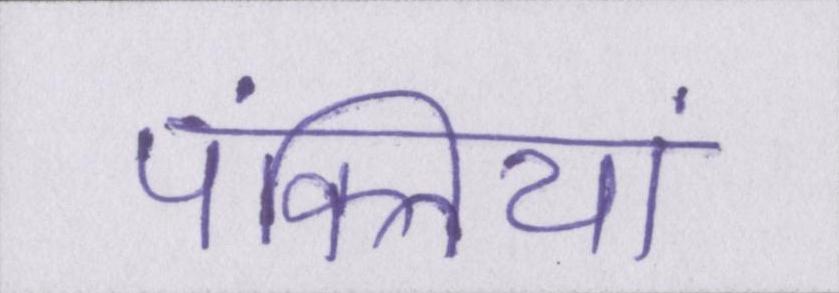
पंक्तियां